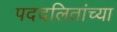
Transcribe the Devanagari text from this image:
पददलितांच्या